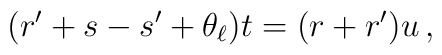
(r' + s - s' + \theta_\ell)t = (r+r')u\,,